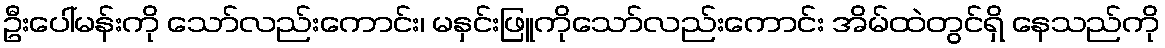
ဦးပေါ်မန်းကို သော်လည်းကောင်း၊ မနှင်းဖြူကိုသော်လည်းကောင်း အိမ်ထဲတွင်ရှိ နေသည်ကို